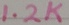
Text: 1.2K